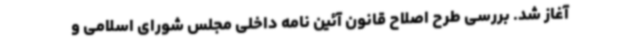
آغاز شد. بررسی طرح اصلاح قانون آئین نامه داخلی مجلس شورای اسلامی و